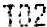
T02